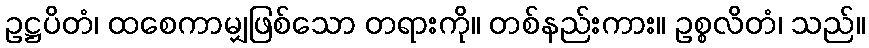
ဥဋ္ဌပိတံ၊ ထစေကာမျှဖြစ်သော တရားကို။ တစ်နည်းကား။ ဥစ္စလိတံ၊ သည်။